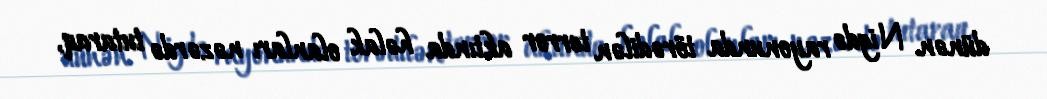
dünən Nigdə rayonunda törədilən terror aktında həlak olanları nəzərdə tutaraq,